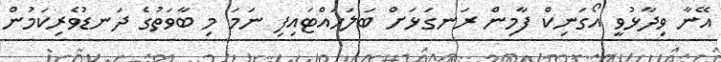
އޭނާ ވިދާޅުވީ އޯގަނިކް ފާމިން ރަނގަޅަށް ބަލަހައްޓައިފި ނަމަ މި ބާވަތުގެ ދަނޑުވެރިކަމުން